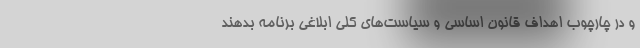
و در چارچوب اهداف قانون اساسی و سیاست‌های کلی ابلاغی برنامه بدهند